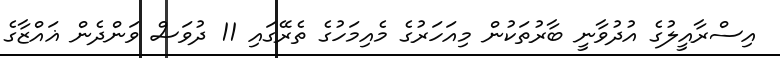
އިސްރާއީލުގެ އުދުވާނީ ބާރުތަކުން މިއަހަރުގެ މެއިމަހުގެ ތެރޭގައި 11 ދުވަސް ވަންދެން ޣައްޒާގެ